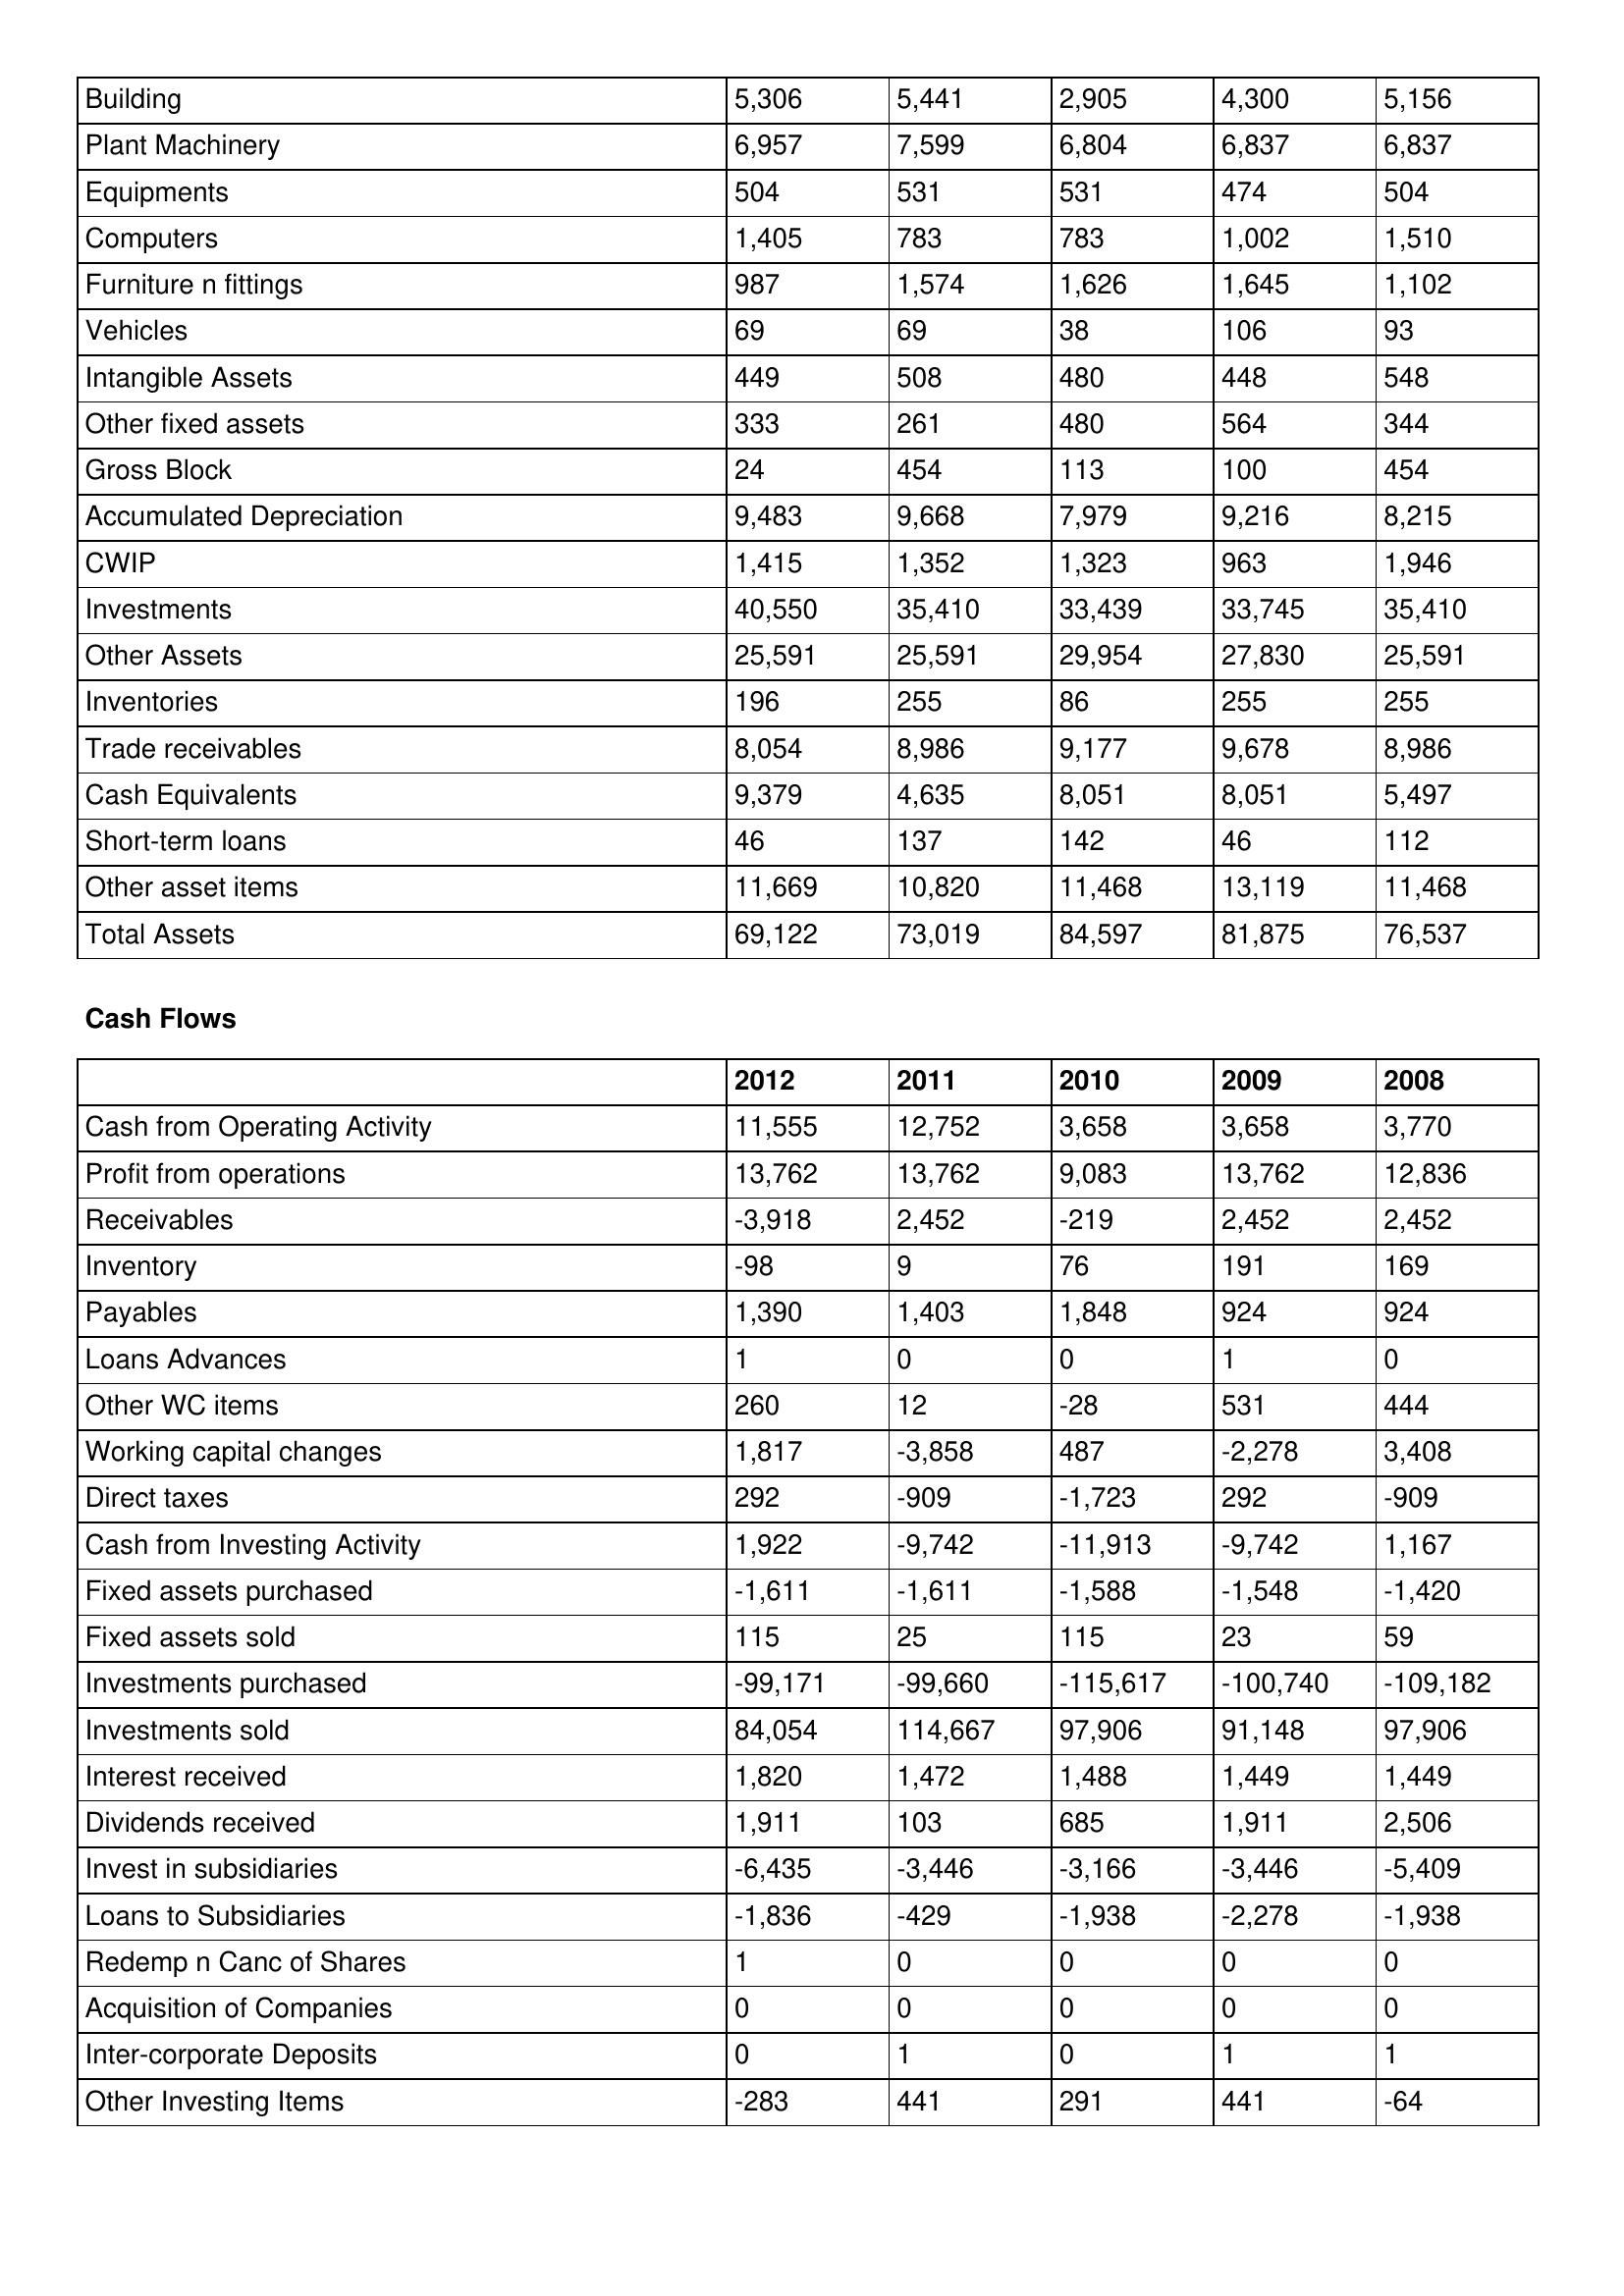
gt_parse: 2012: Balance Sheet: Building: 5,306
Plant Machinery: 6,957
Equipments: 504
Computers: 1,405
Furniture n fittings: 987
Vehicles: 69
Intangible Assets: 449
Other fixed assets: 333
Gross Block: 24
Accumulated Depreciation: 9,483
CWIP: 1,415
Investments: 40,550
Other Assets: 25,591
Inventories: 196
Trade receivables: 8,054
Cash Equivalents: 9,379
Short-term loans: 46
Other asset items: 11,669
Total Assets: 69,122
Cash Flows: Cash from Operating Activity: 11,555
Profit from operations: 13,762
Receivables: -3,918
Inventory: -98
Payables: 1,390
Loans Advances: 1
Other WC items: 260
Working capital changes: 1,817
Direct taxes: 292
Cash from Investing Activity: 1,922
Fixed assets purchased: -1,611
Fixed assets sold: 115
Investments purchased: -99,171
Investments sold: 84,054
Interest received: 1,820
Dividends received: 1,911
Invest in subsidiaries: -6,435
Loans to Subsidiaries: -1,836
Redemp n Canc of Shares: 1
Acquisition of Companies: 0
Inter-corporate Deposits: 0
Other Investing Items: -283
2011: Balance Sheet: Building: 5,441
Plant Machinery: 7,599
Equipments: 531
Computers: 783
Furniture n fittings: 1,574
Vehicles: 69
Intangible Assets: 508
Other fixed assets: 261
Gross Block: 454
Accumulated Depreciation: 9,668
CWIP: 1,352
Investments: 35,410
Other Assets: 25,591
Inventories: 255
Trade receivables: 8,986
Cash Equivalents: 4,635
Short-term loans: 137
Other asset items: 10,820
Total Assets: 73,019
Cash Flows: Cash from Operating Activity: 12,752
Profit from operations: 13,762
Receivables: 2,452
Inventory: 9
Payables: 1,403
Loans Advances: 0
Other WC items: 12
Working capital changes: -3,858
Direct taxes: -909
Cash from Investing Activity: -9,742
Fixed assets purchased: -1,611
Fixed assets sold: 25
Investments purchased: -99,660
Investments sold: 114,667
Interest received: 1,472
Dividends received: 103
Invest in subsidiaries: -3,446
Loans to Subsidiaries: -429
Redemp n Canc of Shares: 0
Acquisition of Companies: 0
Inter-corporate Deposits: 1
Other Investing Items: 441
2010: Balance Sheet: Building: 2,905
Plant Machinery: 6,804
Equipments: 531
Computers: 783
Furniture n fittings: 1,626
Vehicles: 38
Intangible Assets: 480
Other fixed assets: 480
Gross Block: 113
Accumulated Depreciation: 7,979
CWIP: 1,323
Investments: 33,439
Other Assets: 29,954
Inventories: 86
Trade receivables: 9,177
Cash Equivalents: 8,051
Short-term loans: 142
Other asset items: 11,468
Total Assets: 84,597
Cash Flows: Cash from Operating Activity: 3,658
Profit from operations: 9,083
Receivables: -219
Inventory: 76
Payables: 1,848
Loans Advances: 0
Other WC items: -28
Working capital changes: 487
Direct taxes: -1,723
Cash from Investing Activity: -11,913
Fixed assets purchased: -1,588
Fixed assets sold: 115
Investments purchased: -115,617
Investments sold: 97,906
Interest received: 1,488
Dividends received: 685
Invest in subsidiaries: -3,166
Loans to Subsidiaries: -1,938
Redemp n Canc of Shares: 0
Acquisition of Companies: 0
Inter-corporate Deposits: 0
Other Investing Items: 291
2009: Balance Sheet: Building: 4,300
Plant Machinery: 6,837
Equipments: 474
Computers: 1,002
Furniture n fittings: 1,645
Vehicles: 106
Intangible Assets: 448
Other fixed assets: 564
Gross Block: 100
Accumulated Depreciation: 9,216
CWIP: 963
Investments: 33,745
Other Assets: 27,830
Inventories: 255
Trade receivables: 9,678
Cash Equivalents: 8,051
Short-term loans: 46
Other asset items: 13,119
Total Assets: 81,875
Cash Flows: Cash from Operating Activity: 3,658
Profit from operations: 13,762
Receivables: 2,452
Inventory: 191
Payables: 924
Loans Advances: 1
Other WC items: 531
Working capital changes: -2,278
Direct taxes: 292
Cash from Investing Activity: -9,742
Fixed assets purchased: -1,548
Fixed assets sold: 23
Investments purchased: -100,740
Investments sold: 91,148
Interest received: 1,449
Dividends received: 1,911
Invest in subsidiaries: -3,446
Loans to Subsidiaries: -2,278
Redemp n Canc of Shares: 0
Acquisition of Companies: 0
Inter-corporate Deposits: 1
Other Investing Items: 441
2008: Balance Sheet: Building: 5,156
Plant Machinery: 6,837
Equipments: 504
Computers: 1,510
Furniture n fittings: 1,102
Vehicles: 93
Intangible Assets: 548
Other fixed assets: 344
Gross Block: 454
Accumulated Depreciation: 8,215
CWIP: 1,946
Investments: 35,410
Other Assets: 25,591
Inventories: 255
Trade receivables: 8,986
Cash Equivalents: 5,497
Short-term loans: 112
Other asset items: 11,468
Total Assets: 76,537
Cash Flows: Cash from Operating Activity: 3,770
Profit from operations: 12,836
Receivables: 2,452
Inventory: 169
Payables: 924
Loans Advances: 0
Other WC items: 444
Working capital changes: 3,408
Direct taxes: -909
Cash from Investing Activity: 1,167
Fixed assets purchased: -1,420
Fixed assets sold: 59
Investments purchased: -109,182
Investments sold: 97,906
Interest received: 1,449
Dividends received: 2,506
Invest in subsidiaries: -5,409
Loans to Subsidiaries: -1,938
Redemp n Canc of Shares: 0
Acquisition of Companies: 0
Inter-corporate Deposits: 1
Other Investing Items: -64